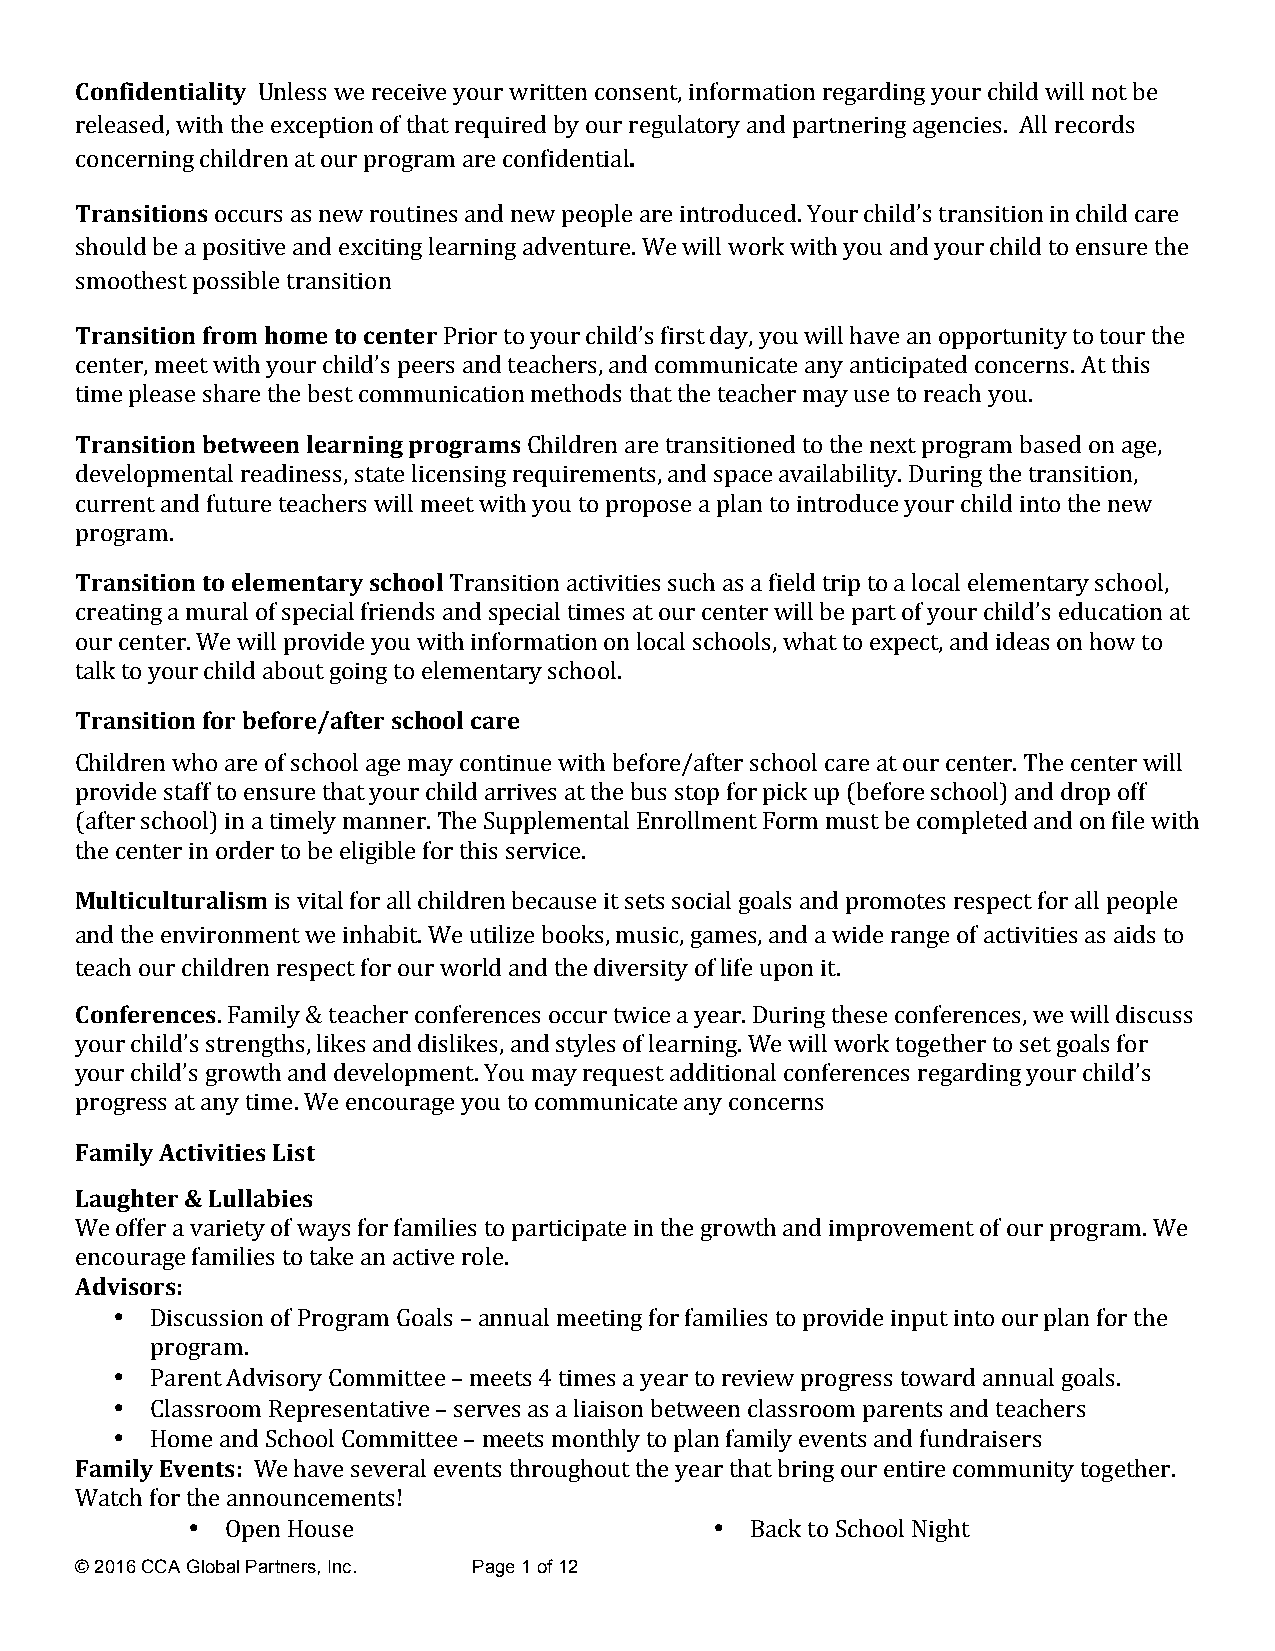
Confidentiality Unless we receive your written consent, information regarding your child will not be
 released, with the exception of that required by our regulatory and partnering agencies. All records
 concerning children at our program are confidential.
 Transitions occurs as new routines and new people are introduced. Your child’s transition in child care
 should be a positive and exciting learning adventure. We will work with you and your child to ensure the
 smoothest possible transition
 Transition from home to center Prior to your child’s first day, you will have an opportunity to tour the
 center, meet with your child’s peers and teachers, and communicate any anticipated concerns. At this
 time please share the best communication methods that the teacher may use to reach you.
 Transition between learning programs Children are transitioned to the next program based on age,
 developmental readiness, state licensing requirements, and space availability. During the transition,
 current and future teachers will meet with you to propose a plan to introduce your child into the new
 program.
 Transition to elementary school Transition activities such as a field trip to a local elementary school,
 creating a mural of special friends and special times at our center will be part of your child’s education at
 our center. We will provide you with information on local schools, what to expect, and ideas on how to
 talk to your child about going to elementary school.
 Transition for before/after school care
 Children who are of school age may continue with before/after school care at our center. The center will
 provide staff to ensure that your child arrives at the bus stop for pick up (before school) and drop off
 (after school) in a timely manner. The Supplemental Enrollment Form must be completed and on file with
 the center in order to be eligible for this service.
 Multiculturalism is vital for all children because it sets social goals and promotes respect for all people
 and the environment we inhabit. We utilize books, music, games, and a wide range of activities as aids to
 teach our children respect for our world and the diversity of life upon it.
 Conferences. Family & teacher conferences occur twice a year. During these conferences, we will discuss
 your child’s strengths, likes and dislikes, and styles of learning. We will work together to set goals for
 your child’s growth and development. You may request additional conferences regarding your child’s
 progress at any time. We encourage you to communicate any concerns
 Family Activities List
 Laughter & Lullabies
 We offer a variety of ways for families to participate in the growth and improvement of our program. We
 encourage families to take an active role.
 Advisors:
 •  Discussion of Program Goals – annual meeting for families to provide input into our plan for the
 program.
 •  Parent Advisory Committee – meets 4 times a year to review progress toward annual goals.
 •  Classroom Representative – serves as a liaison between classroom parents and teachers
 •  Home and School Committee – meets monthly to plan family events and fundraisers
 Family Events: We have several events throughout the year that bring our entire community together.
 Watch for the announcements!
 •  Open House                      •  Back to School Night
 © 2016 CCA Global Partners, Inc. Page 1 of 12